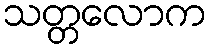
သတ္တလောက